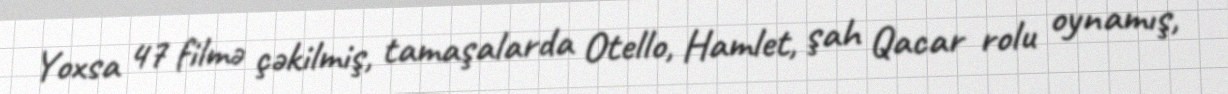
Yoxsa 47 filmə çəkilmiş, tamaşalarda Otello, Hamlet, şah Qacar rolu oynamış,